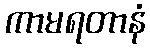
ကာမရတာနံ